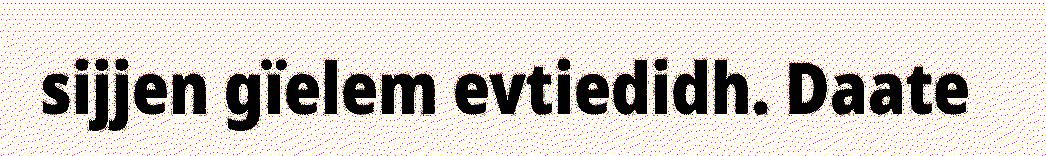
sijjen gïelem evtiedidh. Daate